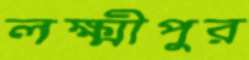
লক্ষ্মীপুর